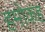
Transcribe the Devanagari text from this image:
हमोकह